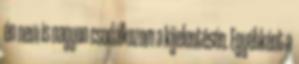
én nem is nagyon csodálkozom a kijelentésén. Egyébként a